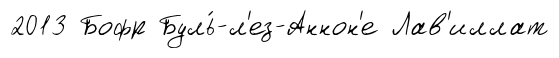
2013 Бофр Буль́-л'ез-Аннон'е Лав'иллат